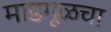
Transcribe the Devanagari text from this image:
माडगूळचा